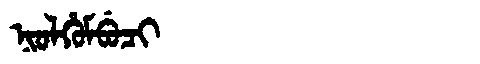
Manchu: ᠨᡳᠣᠯᡥᡠᠮᠪᡠᠴᡳ
Romanization: NIOLHUMBUCI